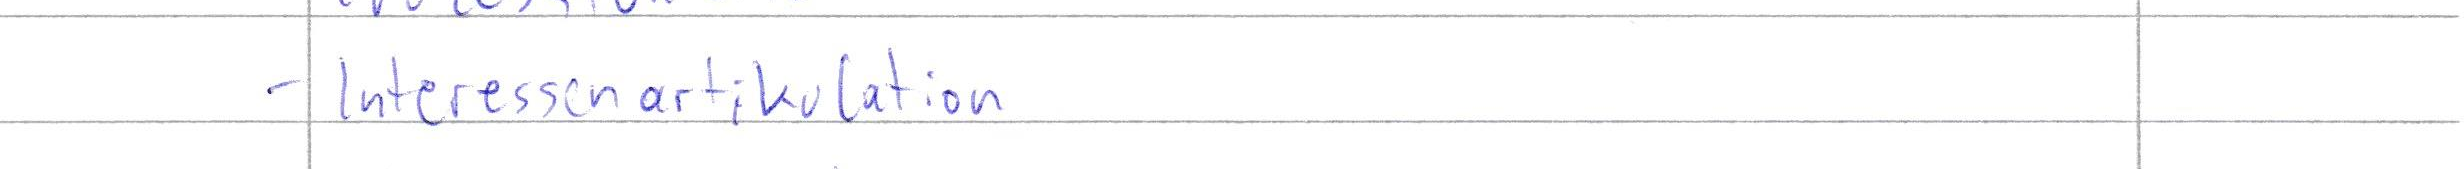
- Interessenartikulation